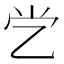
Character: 𰀶